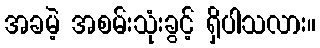
အခမဲ့ အစမ်းသုံးခွင့် ရှိပါသလား။